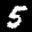
Label: 5